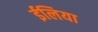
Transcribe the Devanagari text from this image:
ईलिया